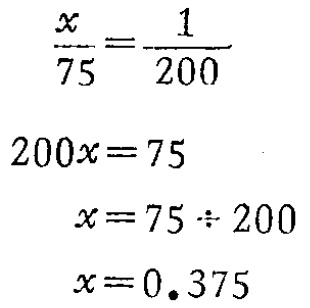
\[\begin{align*}

\frac{x}{75}&=\frac{1}{200}\\

200x&=75\\

x&=75\div200\\

x&=0.375

\end{align*}\]